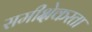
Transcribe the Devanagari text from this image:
समीक्षेकरता